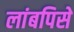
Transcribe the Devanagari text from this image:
लांबपिसे